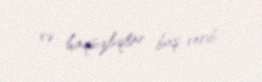
və haqsızlıqlar baş verib.